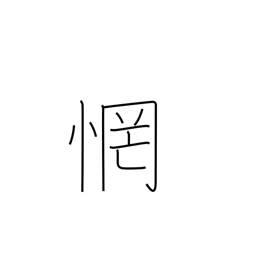
Meaning: be astonished